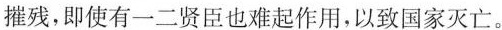
摧残，即使有一二贤臣也难起作用。以致国家灭亡。